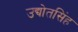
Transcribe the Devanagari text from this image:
उद्योतसिंह